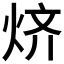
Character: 𱫅